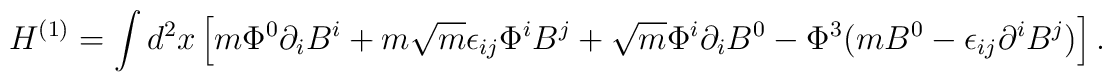
H^{(1)} = \int d^2x  \left[                  m \Phi^0 \partial_i B^i                  + m \sqrt{m} \epsilon_{ij} \Phi^i B^j                  + \sqrt{m} \Phi^i \partial_i B^0                  - \Phi^3 ( m B^0 - \epsilon_{ij} \partial^i B^j )               \right].